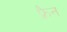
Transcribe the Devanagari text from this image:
फ़्रैन